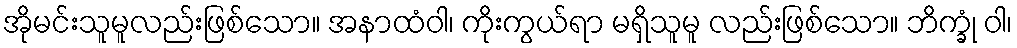
အိုမင်းသူမူလည်းဖြစ်သော။ အနာထံဝါ၊ ကိုးကွယ်ရာ မရှိသူမူ လည်းဖြစ်သော။ ဘိက္ခုံ ဝါ၊